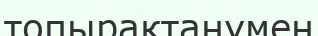
топырақтанумен